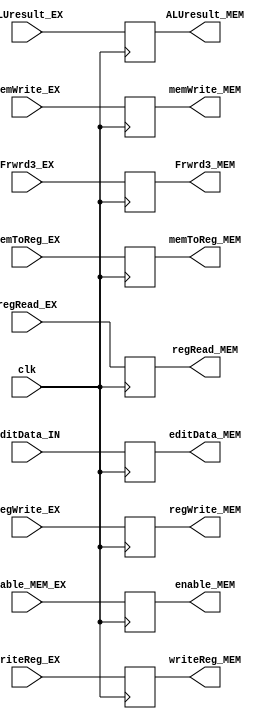
module EX_MEM( 
    input clk,
    input wire regWrite_EX,
    input wire memToReg_EX ,
    input wire memWrite_EX ,
    input wire enable_MEM_EX ,
    input wire [31:0] ALUresult_EX ,
    input wire [4:0] writeReg_EX ,
    input wire regRead_EX ,
    input wire Frwrd3_EX ,
    input wire [31:0] editData_IN,

    output reg regWrite_MEM,
    output reg memToReg_MEM ,
    output reg memWrite_MEM ,
    output reg enable_MEM ,
    output reg [31:0] ALUresult_MEM ,
    output reg [4:0] writeReg_MEM ,
    output reg regRead_MEM ,
    output reg Frwrd3_MEM ,
    output reg [31:0] editData_MEM 
   );
   
	always @(posedge clk) begin	
		regWrite_MEM <= regWrite_EX;
		memToReg_MEM <= memToReg_EX;
		memWrite_MEM <= memWrite_EX;
		enable_MEM <= enable_MEM_EX;
		ALUresult_MEM <= ALUresult_EX;
		writeReg_MEM <= writeReg_EX;
		regRead_MEM <= regRead_EX;
		Frwrd3_MEM <= Frwrd3_EX;
		editData_MEM <= editData_IN ;
	end
endmodule